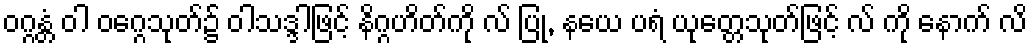
ဝဂ္ဂန္တံ ဝါ ဝဂ္ဂေသုတ်၌ ဝါသဒ္ဒါဖြင့် နိဂ္ဂဟိတ်ကို လ် ပြု, နယေ ပရံ ယုတ္တေသုတ်ဖြင့် လ် ကို နောက် လိ